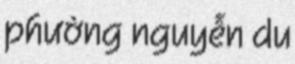
phường nguyễn du